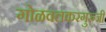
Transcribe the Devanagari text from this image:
गोळवलकरगुरुजी